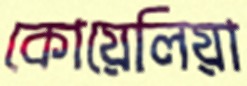
কোয়েলিয়া